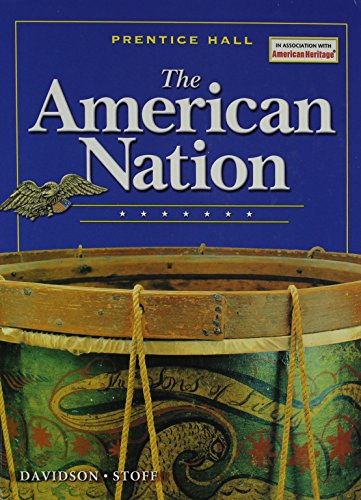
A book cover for THE AMERICAN NATION 2005 SURVEY STUDENT EDITION; PRENTICE HALL; Teen & Young Adult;